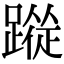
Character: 𮜉